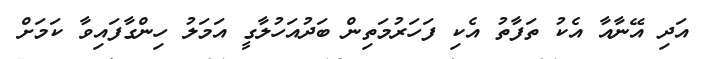
އަދި އޭނާއާ އެކު ތަފާތު އެކި ފަހަރުމަތިން ބަދުއަހުލާގީ އަމަލު ހިންގާފައިވާ ކަމަށް